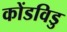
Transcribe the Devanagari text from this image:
कोंडविडु